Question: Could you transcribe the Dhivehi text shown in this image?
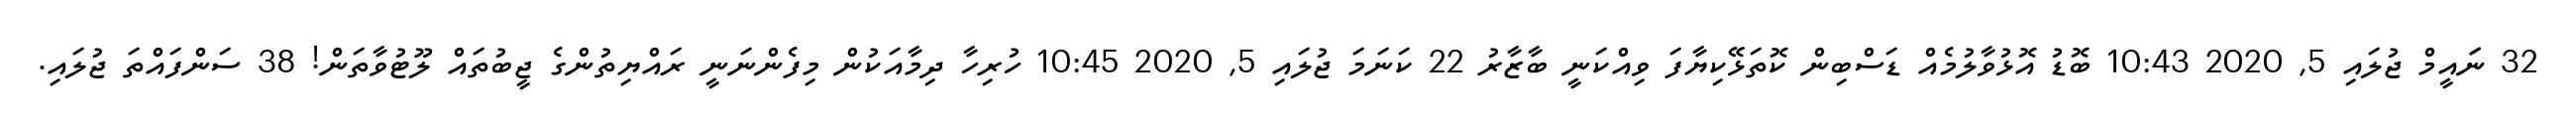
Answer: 32 ނަައީމް ޖުލައި 5, 2020 10:43 ބޮޑު އޮޅުވާލުމެއް ޑަސްބިން ކޮތަޅޭކިޔާފަ ވިއްކަނީ ބާޒާރު 22 ކަނަމަ ޖުލައި 5, 2020 10:45 ހުރިހާ ދިމާއަކުން މިފެންނަނީ ރައްޔިތުންގެ ޖީބުތައް ލޫޓުވާތަން! 38 ސަންފައްތަ ޖުލައި.